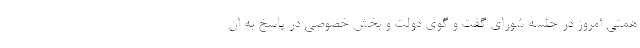
همتی امروز در جلسه شورای گفت و گوی دولت و بخش خصوصی در پاسخ به ان